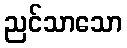
ညင်သာသော